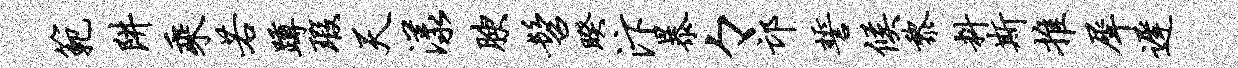
范阱乘若蹲瑕天漾腴髫睽汴暴々邙誓候黎料斯推犀迟